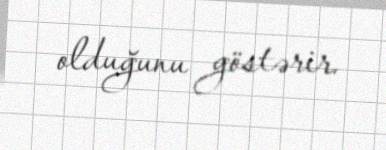
olduğunu göstərir.